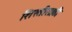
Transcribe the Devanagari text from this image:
शिस्तीसाठी